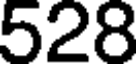
528